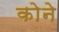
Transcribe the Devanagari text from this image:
काेने